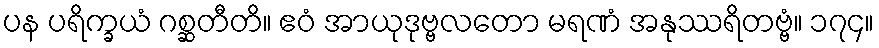
ပန ပရိက္ခယံ ဂစ္ဆတီတိ။ ဧဝံ အာယုဒုဗ္ဗလတော မရဏံ အနုဿရိတဗ္ဗံ။ ၁၇၄။